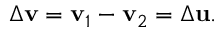
\Delta \mathbf { v } = \mathbf { v } _ { 1 } - \mathbf { v } _ { 2 } = \Delta \mathbf { u } .